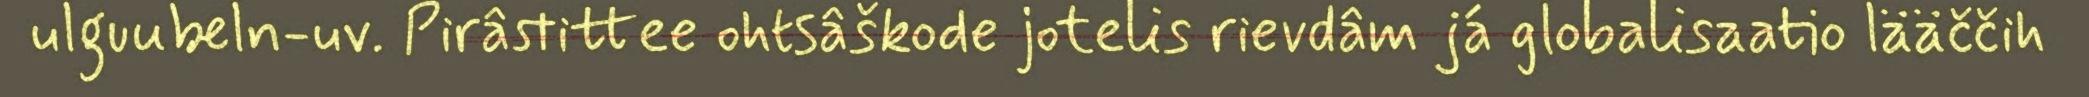
ulguubeln-uv. Pirâstittee ohtsâškode jotelis rievdâm já globalisaatio lääččih